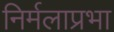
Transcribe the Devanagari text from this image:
निर्मलाप्रभा